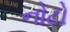
નોટો